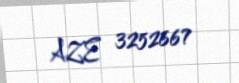
AZE 3252667